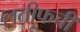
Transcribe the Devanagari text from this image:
लतीफची